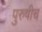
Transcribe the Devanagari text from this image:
पुरुषीच